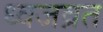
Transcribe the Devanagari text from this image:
ध्वजव्रत